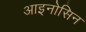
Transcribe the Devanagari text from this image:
आइनोसिन